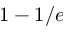
1 - 1 / e